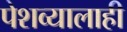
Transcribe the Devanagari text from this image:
पेशव्यालाही